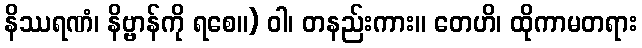
နိဿရဏံ၊ နိဗ္ဗာန်ကို ရစေ။) ဝါ၊ တနည်းကား။ တေဟိ၊ ထိုကာမတရား